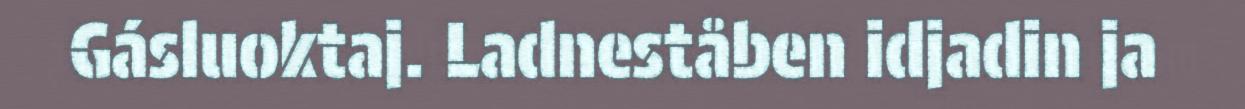
Gásluoktaj. Ladneståben idjadin ja